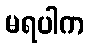
မရပါက